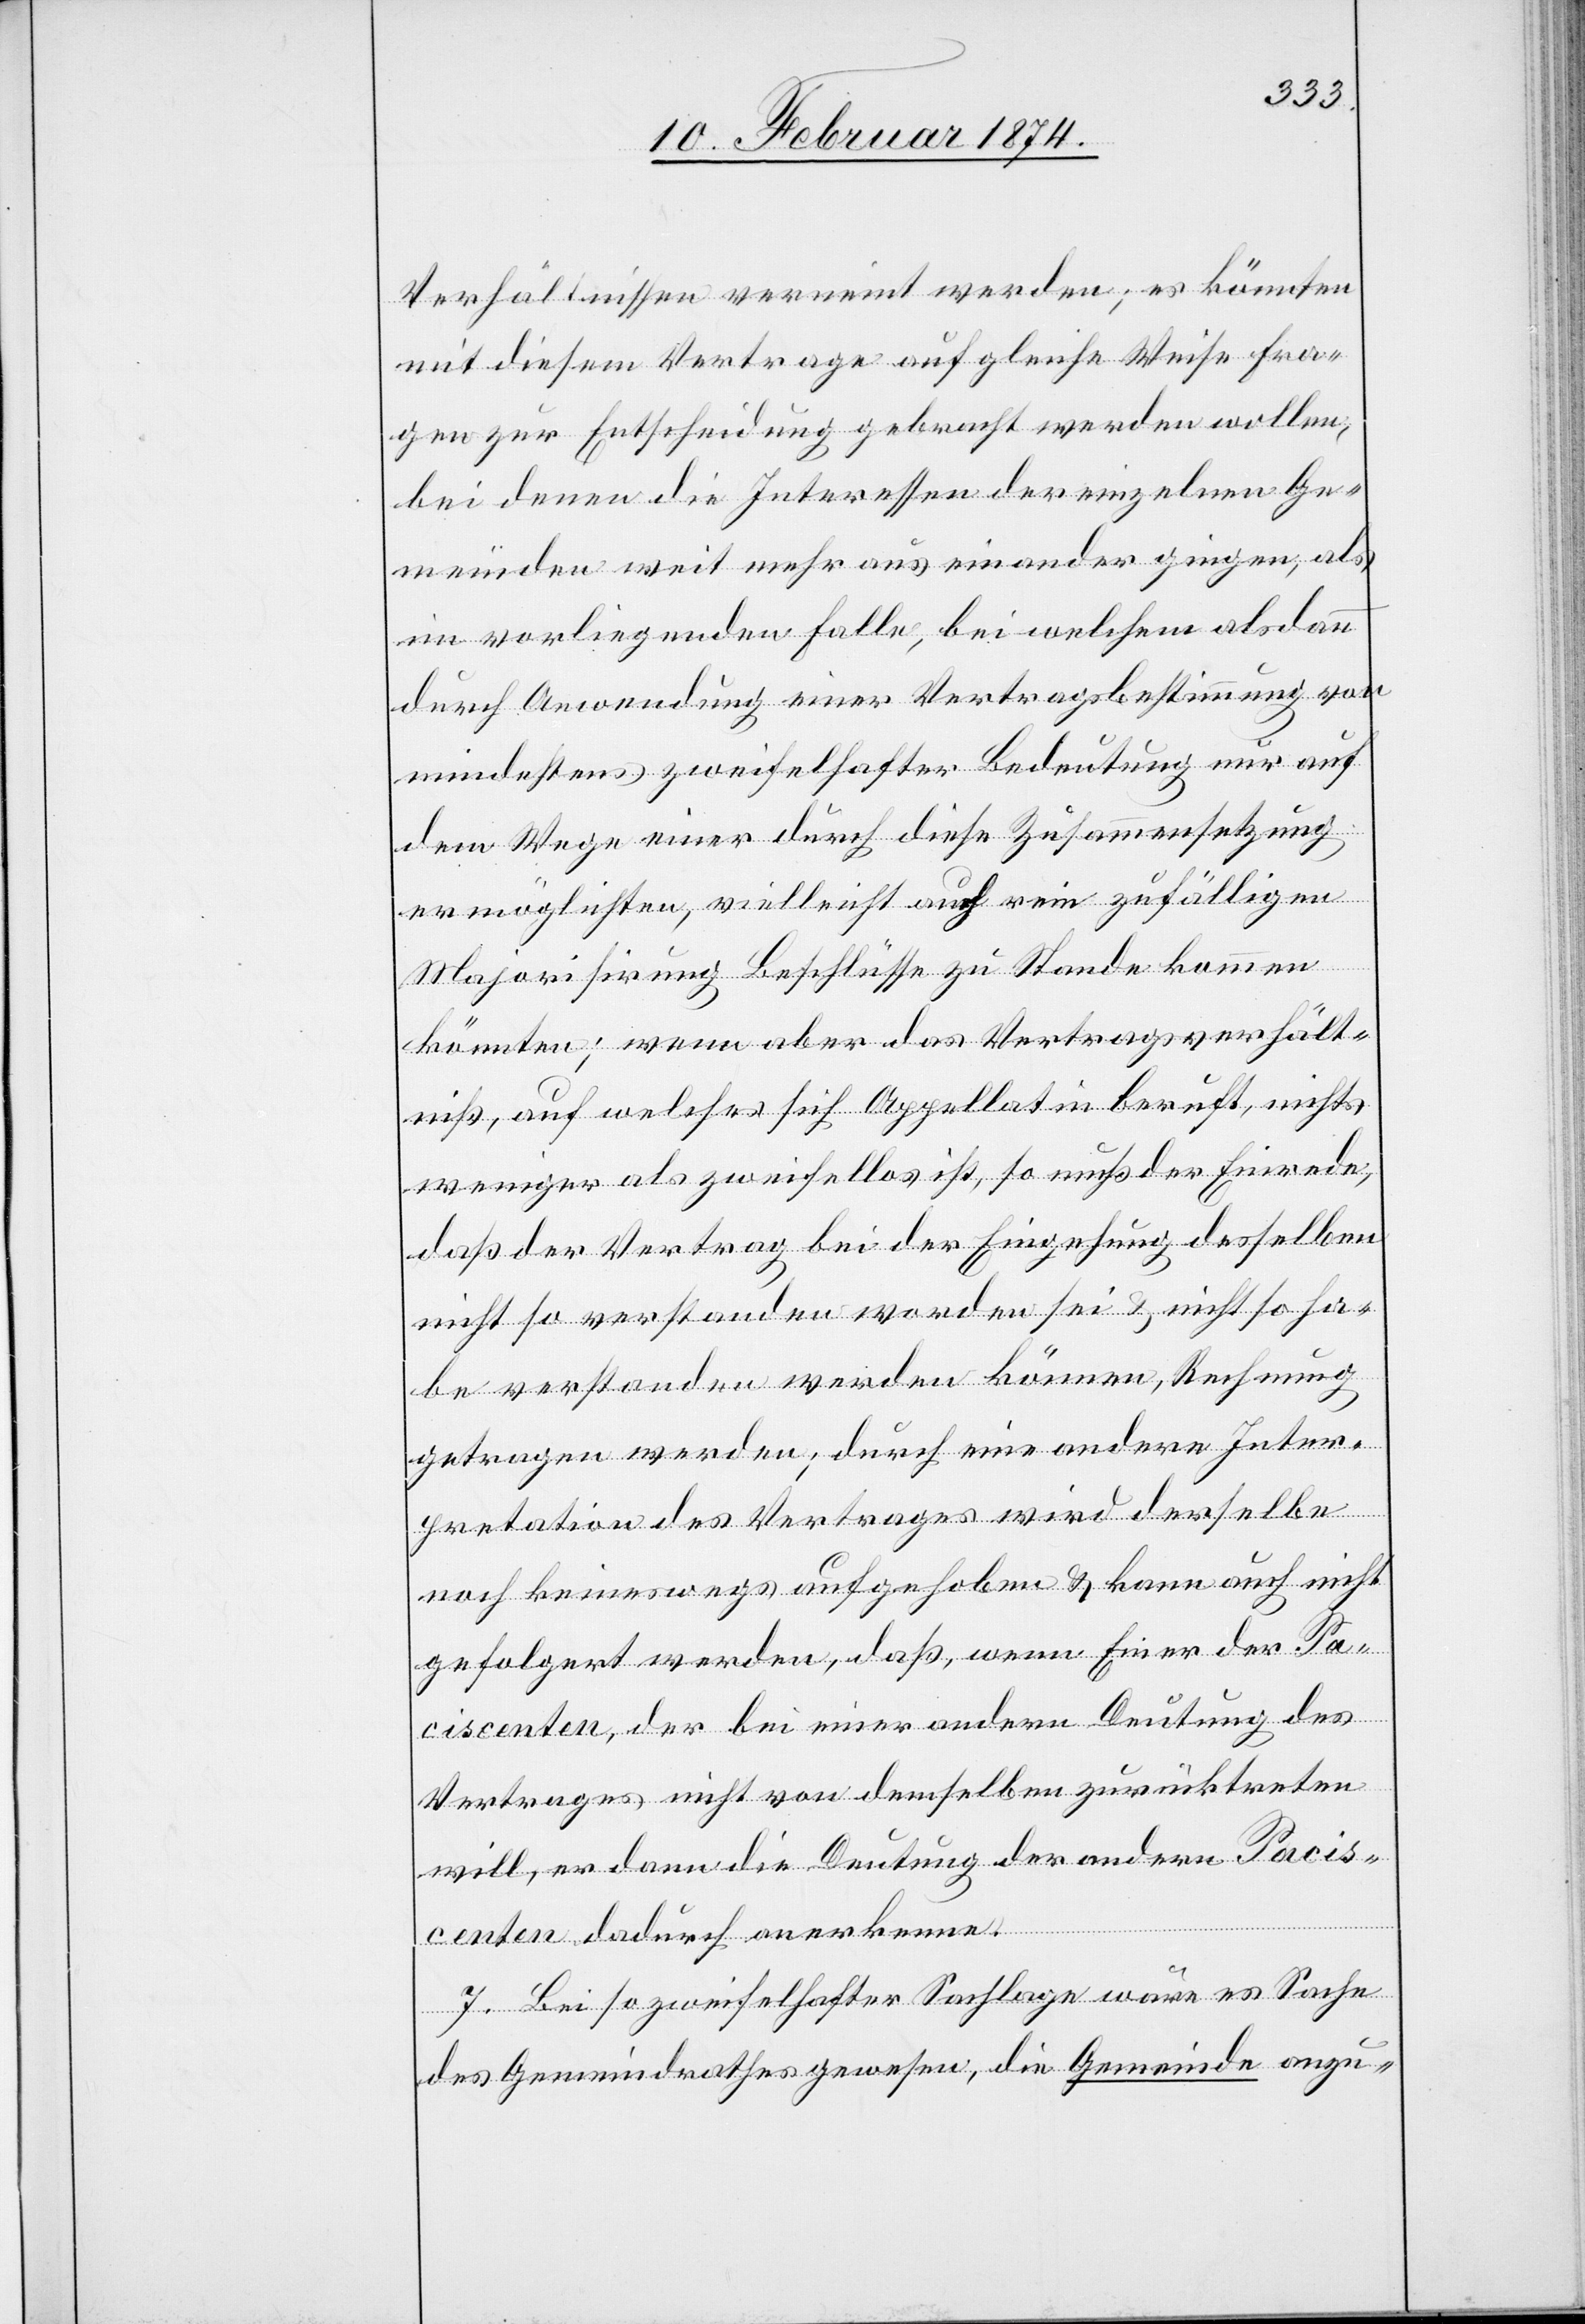
Verhältnissen vereint werden; es könnten
mit diesem Vertrage auf gleiche Weise Fra¬
gen zur Entscheidung gebracht werden wollen,
bei denen die Interessen der einzelnen Ge¬
meinden weit mehr auseinander gingen, als
im vorliegenden Falle, bei welchem alsdann
durch Anwendung einer Vertragsbestimmung von
mindestens zweifelhafter Bedeutung nur auf
dem Wege einer durch diese Zusammensetzung
ermöglichten, vielleicht auf rein zufälliger
Majorisirung Beschlüsse zu Stande kommen
könnten; wenn aber das Vertragsverhält¬
niß, auf welches sich Appellatin beruft, nichts
weniger als zweifellos ist, so muß der Einrede,
daß der Vertrag bei der Eingehung desselben
nicht so verstanden werden sei u. nicht so ha¬
be verstanden werden können, Rechnung
getragen werden; durch eine andere Inter¬
pretation des Vertrages wird derselbe
noch keineswegs aufgehoben u. kann auch nicht
gefolgert werden; daß, wenn Einer der Paci¬
scenten dadurch anerkennen.
7. Bei so zweifelhafter Sachlage wäre es Sache
des Gemeindrathes gewesen, die Gemeinde anzu-